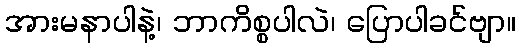
အားမနာပါနဲ့၊ ဘာကိစ္စပါလဲ၊ ပြောပါခင်ဗျာ။